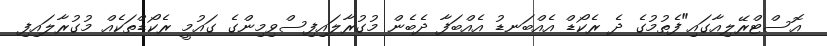
އޮސްޓްރޭލިއާގައި"ފެތުމުގެ ދެ ރެކޯޑް އެއްބަނޑު އެއްބަފާ ދެބެން މުގުރާލައިފިސްވިމިންގެ ގައުމީ ރެކޯޑްތަކެއް މުގުރާލައިފި